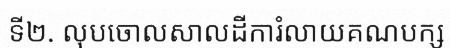
ទី២. លុបចោលសាលដីការំលាយគណបក្ស